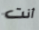
أنت